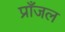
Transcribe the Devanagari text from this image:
प्राँजल